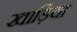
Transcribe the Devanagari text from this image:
खाड़िया